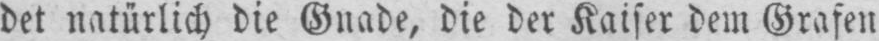
det natürlich die Gnade, die der Kaiser dem Grafen